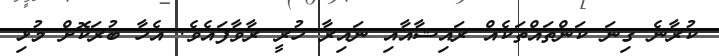
ކުރާނެ ގިނަ ކަންތައްތަކެއް ރައިޝާއާއި ނައިރާ ހުރީ ރާވާފައެވެ. އެހާ ބުރަކޮށް މުޅި